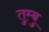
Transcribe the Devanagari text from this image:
तुम्बु